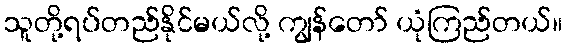
သူတို့ရပ်တည်နိုင်မယ်လို့ ကျွန်တော် ယုံကြည်တယ်။